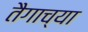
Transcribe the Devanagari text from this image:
तैगाच्या